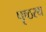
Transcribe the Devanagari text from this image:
पृष्ठस्थ